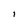
Character: I